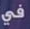
في